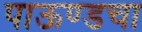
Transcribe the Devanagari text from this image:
पाऊण्डचा